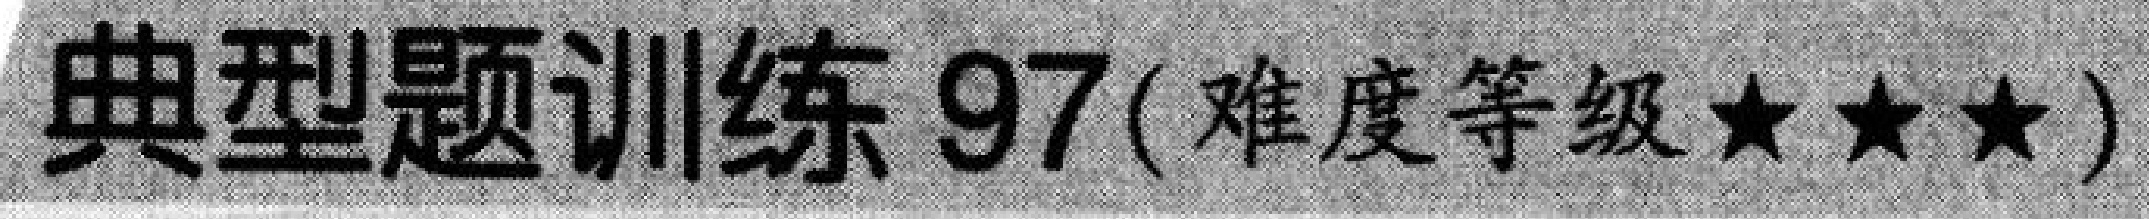
典型题训练 97(难度等级★★★)